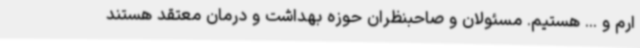
ارم و ... هستیم. مسئولان و صاحبنظران حوزه بهداشت و درمان معتقد هستند